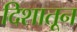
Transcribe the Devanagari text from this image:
दिशातून